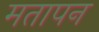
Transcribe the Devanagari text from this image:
मतापन